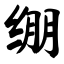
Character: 绷